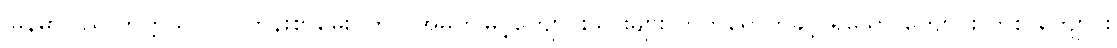
မြန်မာပြည် တက္ကသိုလ်ဝင်တန်းစာမေးပွဲတွင် အမှတ်မြင့်ကျောင်းသားများ တက်ရောက်ခွင့် ရှိသော ကျောင်း တစ် ကျောင်း